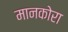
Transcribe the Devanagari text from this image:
मानकोरा